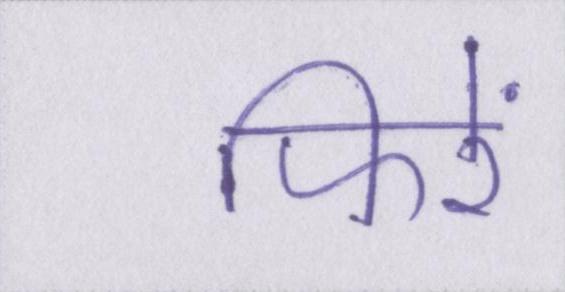
फिरें